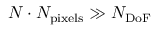
N \cdot N _ { \mathrm { p i x e l s } } \gg N _ { \mathrm { D o F } }